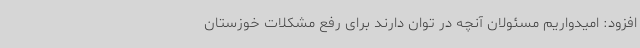
افزود: امیدواریم مسئولان آنچه در توان دارند برای رفع مشکلات خوزستان